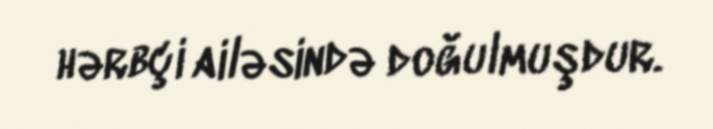
hərbçi ailəsində doğulmuşdur.